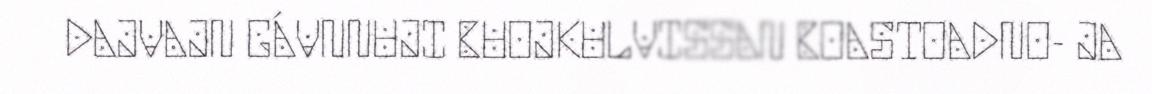
DAJVAJN GÁVNNUJI BUOJKULVISSAN BOASTOADNO- JA